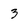
Character: 3